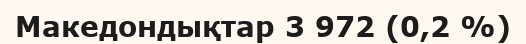
Македондықтар 3 972 (0,2 %)